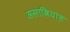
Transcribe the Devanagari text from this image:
असाबियाह